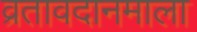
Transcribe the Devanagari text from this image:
व्रतावदानमाला